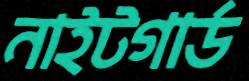
নাইটগার্ড